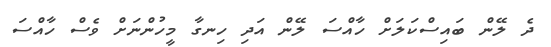
ދެ ލޭން ބައިސްކަލަށް ހާއްސަ ލޭން އަދި ހިނގާ މީހުންނަށް ވެސް ހާއްސަ